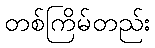
တစ်ကြိမ်တည်း